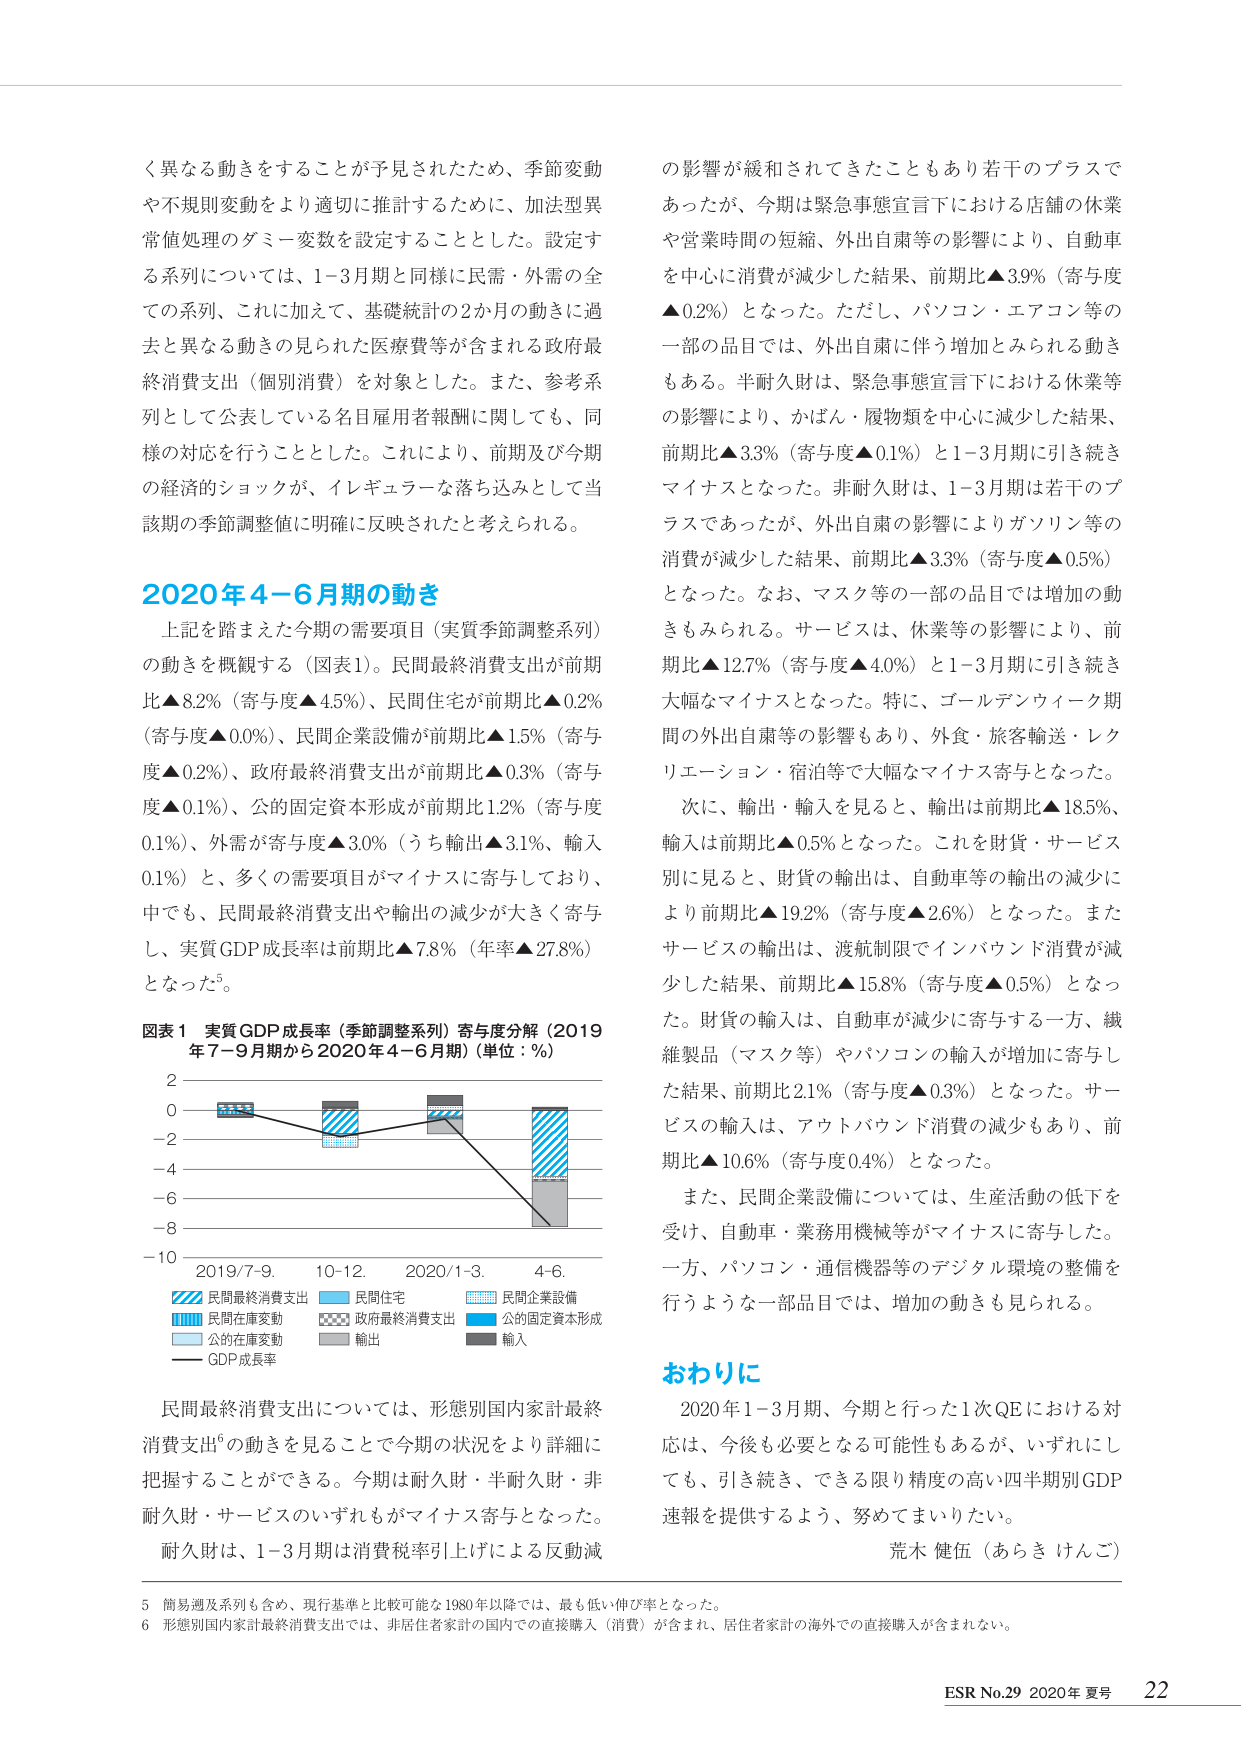
く異なる動きをすることが予見されたため、季節変動や不規則変動をより適切に推計するために、加法型異常値処理のダミー変数を設定することとした。設定する系列については、1-3月期と同様に民需・外需の全ての系列、これに加えて、基礎統計の2か月の動きに過去と異なる動きの見られた医療費等が含まれる政府最終消費支出（個別消費）を対象とした。また、参考系列として公表している名目雇用者報酬に関しても、同様の対応を行うこととした。これにより、前期及び今期の経済的ショックが、イレギュラーな落ち込みとして当該期の季節調整値に明確に反映されたと考えられる。

2020年4-6月期の動き
上記を踏まえた今期の需要項目（実質季節調整系列）の動きを概観する（図表1）。民間最終消費支出が前期比▲8.2%（寄与度▲4.5%）、民間住宅が前期比▲0.2%（寄与度▲0.0%）、民間企業設備が前期比▲1.5%（寄与度▲0.2%）、政府最終消費支出が前期比▲0.3%（寄与度▲0.1%）、公的固定資本形成が前期比1.2%（寄与度0.1%）、外需が寄与度▲3.0%（うち輸出▲3.1%、輸入0.1%）と、多くの需要項目がマイナスに寄与しており、中でも、民間最終消費支出や輸出の減少が大きく寄与し、実質GDP成長率は前期比▲7.8%（年率▲27.8%）となった⁵。

図表1 実質GDP成長率（季節調整系列）寄与度分解（2019年7-9月期から2020年4-6月期）（単位：%）
2
0
-2
-4
-6
-8
-10
2019/7-9. 10-12 2020/1-3. 4-6.
■ 民間最終消費支出 ■ 民間住宅 ■ 民間企業設備
■ 民間在庫変動 ■ 政府最終消費支出 ■ 公的固定資本形成
■ 公的在庫変動 ■ 輸出 ■ 輸入
— GDP成長率

民間最終消費支出については、形態別国内家計最終消費支出⁶の動きを見ることで今期の状況をより詳細に把握することができる。今期は耐久財・半耐久財・非耐久財・サービスのいずれもがマイナス寄与となった。耐久財は、1-3月期は消費税率引上げによる反動減

の影響が緩和されてきたこともあり若干のプラスであったが、今期は緊急事態宣言下における店舗の休業や営業時間の短縮、外出自粛等の影響により、自動車を中心に消費が減少した結果、前期比▲3.9%（寄与度▲0.2%）となった。ただし、パソコン・エアコン等の一部の品目では、外出自粛に伴う増加とみられる動きもある。半耐久財は、緊急事態宣言下における休業等の影響により、かばん・履物類を中心に減少した結果、前期比▲3.3%（寄与度▲0.1%）と1-3月期に引き続きマイナスとなった。非耐久財は、1-3月期は若干のプラスであったが、外出自粛の影響によりガソリン等の消費が減少した結果、前期比▲3.3%（寄与度▲0.5%）となった。なお、マスク等の一部の品目では増加の動きもみられる。サービスは、休業等の影響により、前期比▲12.7%（寄与度▲4.0%）と1-3月期に引き続き大幅なマイナスとなった。特に、ゴールデンウィーク期間の外出自粛等の影響もあり、外食・旅客輸送・レクリエーション・宿泊等で大幅なマイナス寄与となった。

次に、輸出・輸入を見ると、輸出は前期比▲18.5%、輸入は前期比▲0.5%となった。これを財貨・サービス別に見ると、財貨の輸出は、自動車等の輸出の減少により前期比▲19.2%（寄与度▲2.6%）となった。またサービスの輸出は、渡航制限でインバウンド消費が減少した結果、前期比▲15.8%（寄与度▲0.5%）となった。財貨の輸入は、自動車が減少に寄与する一方、繊維製品（マスク等）やパソコンの輸入が増加に寄与した結果、前期比2.1%（寄与度▲0.3%）となった。サービスの輸入は、アウトバウンド消費の減少もあり、前期比▲10.6%（寄与度0.4%）となった。

また、民間企業設備については、生産活動の低下を受け、自動車・業務用機械等がマイナスに寄与した。一方、パソコン・通信機器等のデジタル環境の整備を行うような一部品目では、増加の動きも見られる。

おわりに
2020年1-3月期、今期と行った1次QEにおける対応は、今後も必要となる可能性もあるが、いずれにしても、引き続き、できる限り精度の高い四半期別GDP速報を提供するよう、努めてまいりたい。

荒木 健伍（あらき けんご）

5 簡易週及系列も含め、現行基準と比較可能な1980年以降では、最も低い伸び率となった。
6 形態別国内家計最終消費支出では、非居住者家計の国内での直接購入（消費）が含まれ、居住者家計の海外での直接購入が含まれない。

ESR No.29 2020年 夏号 22